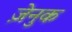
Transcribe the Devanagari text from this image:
ज़ेनुक